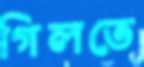
গিলতে